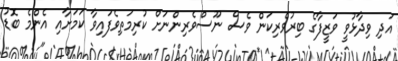
އަދި ވިދާޅުވީ ވަޒީފާގެ ބިރުވެރިކަން ވެސް ނޫސްވެރިންނަށް ކުރިމަތިވެފައިވާ ކަމަށާއި އެންމެ ބޮޑު